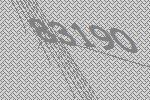
83190